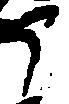
ア